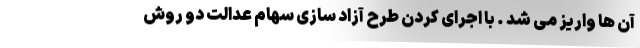
آن ها واریز می شد . با اجرای کردن طرح آزاد سازی سهام عدالت دو روش